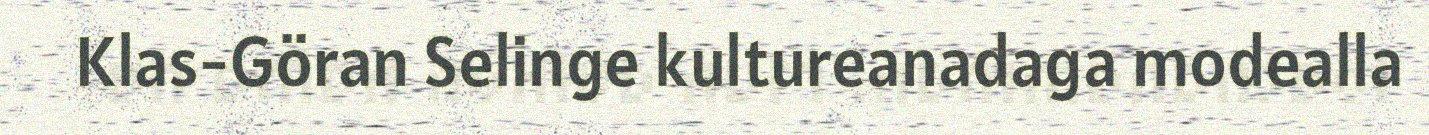
Klas-Göran Selinge kultureanadaga modealla